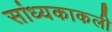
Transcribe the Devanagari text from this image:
सांध्यकाकली